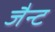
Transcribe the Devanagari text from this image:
जैन्ट